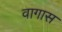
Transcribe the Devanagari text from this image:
वागास